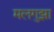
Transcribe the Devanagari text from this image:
मलगुझा